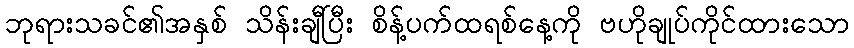
ဘုရားသခင်၏အနှစ် သိန်းချီပြီး စိန့်ပက်ထရစ်နေ့ကို ဗဟိုချုပ်ကိုင်ထားသော